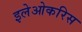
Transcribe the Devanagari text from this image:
इलेओकरिस